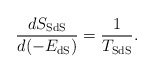
\begin{align*}\frac{dS_{\rm SdS}}{d(-E_{\rm dS})}=\frac{1}{T_{\rm SdS}}.\end{align*}